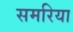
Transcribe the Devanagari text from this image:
समरिया